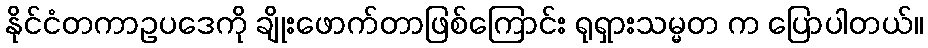
နိုင်ငံတကာဥပဒေကို ချိုးဖောက်တာဖြစ်ကြောင်း ရုရှားသမ္မတ က ပြောပါတယ်။